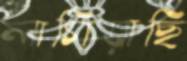
লাগিয়াছি